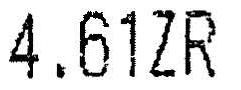
4.61ZR